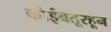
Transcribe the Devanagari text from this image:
कोईंबतूरहून